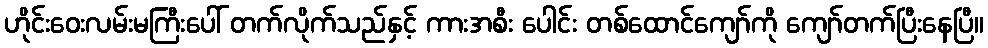
ဟိုင်းဝေးလမ်းမကြီးပေါ် တက်လိုက်သည်နှင့် ကားအစီး ပေါင်း တစ်ထောင်ကျော်ကို ကျော်တက်ပြီးနေပြီ။